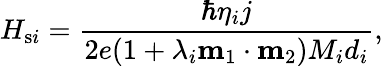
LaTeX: H_{\mathrm{s}i}=\frac{\hbar\eta_{i}j}{2e(1+\lambda_{i}\mathbf{m}_{1}\cdot\mathbf{m}_{2})M_{i}d_{i}},